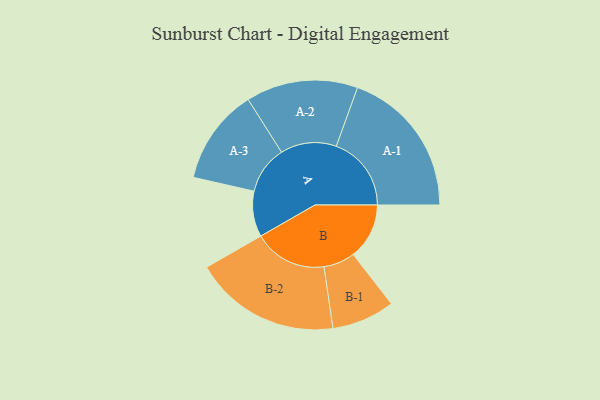
{"axis": {"x": "Segment", "y": "Value"}, "legend": ["", "A", "B"], "data": [{"x": "A", "y": 155, "type": ""}, {"x": "B", "y": 190, "type": ""}, {"x": "A-1", "y": 255, "type": "A"}, {"x": "A-2", "y": 190, "type": "A"}, {"x": "A-3", "y": 163, "type": "A"}, {"x": "B-1", "y": 107, "type": "B"}, {"x": "B-2", "y": 249, "type": "B"}]}